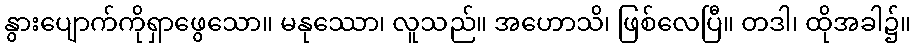
နွားပျောက်ကိုရှာဖွေသော။ မနုဿော၊ လူသည်။ အဟောသိ၊ ဖြစ်လေပြီ။ တဒါ၊ ထိုအခါ၌။